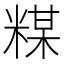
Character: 𱹍